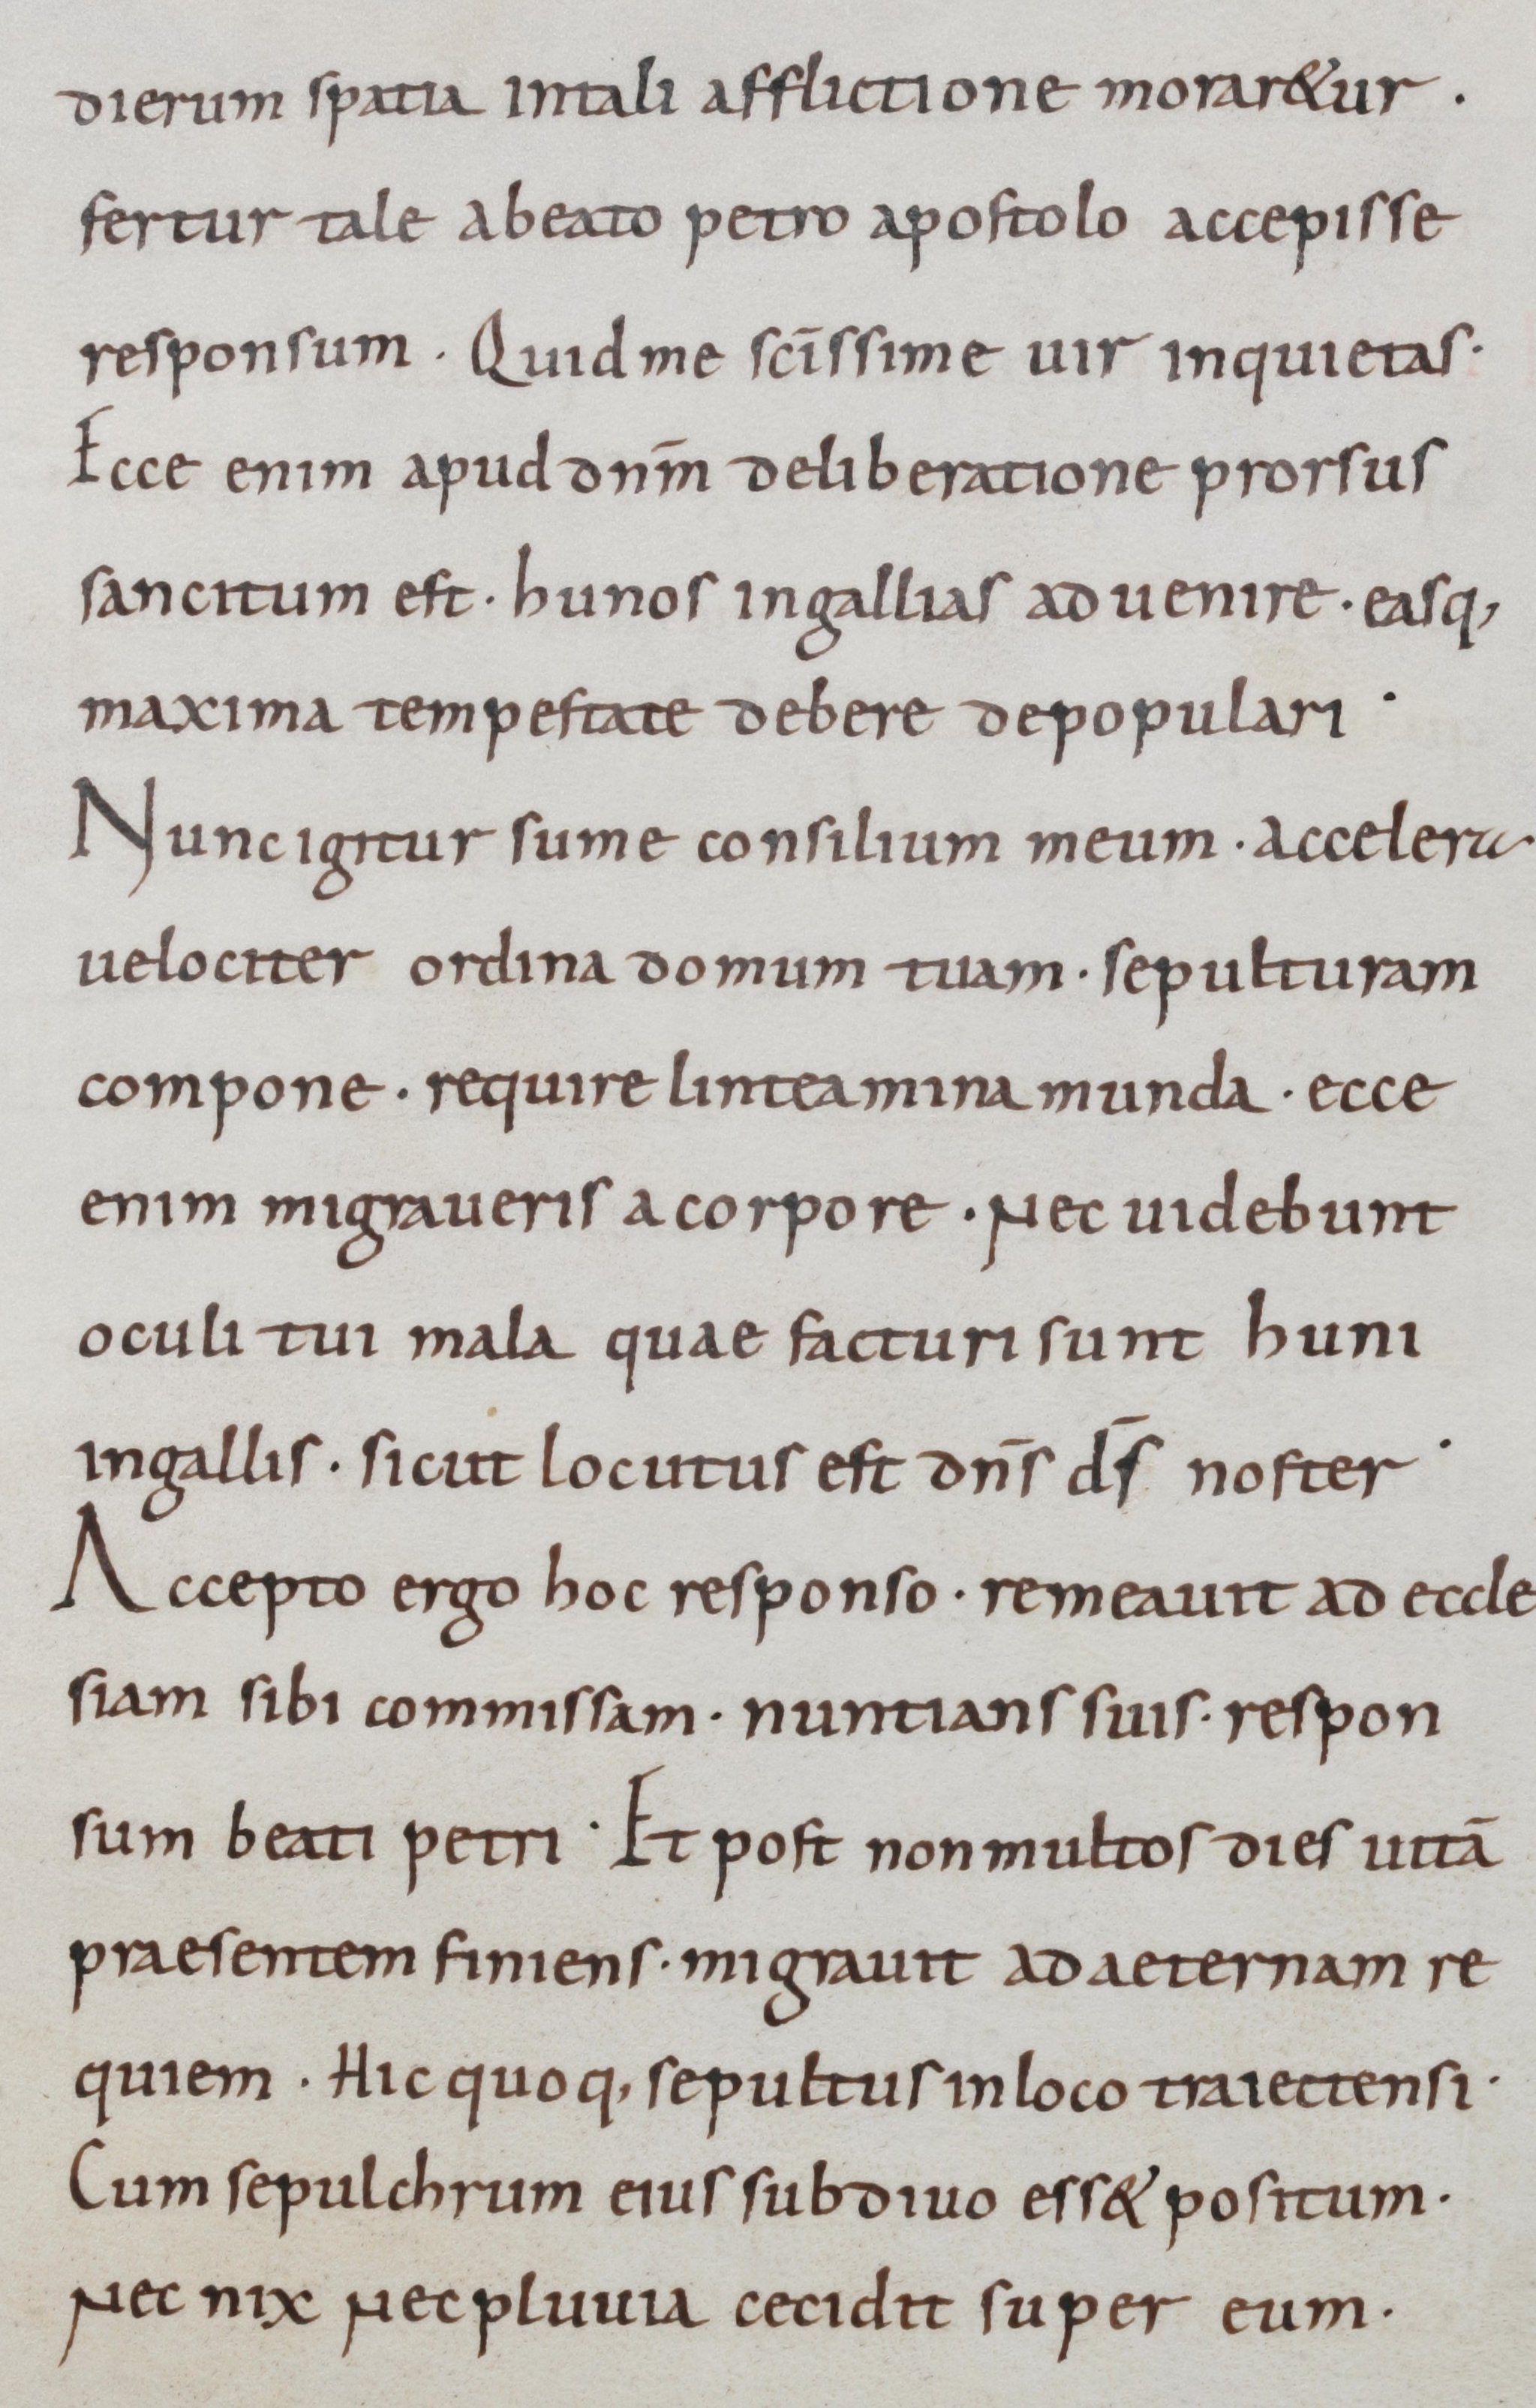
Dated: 800–899